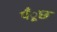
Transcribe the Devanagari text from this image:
पँूछ